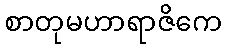
စာတုမဟာရာဇိကေ